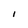
Character: I